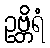
ဥဗ္ဘိရံ